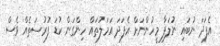
އެފަދަ ނުބައި ނުލަފާ މީހުންނަށް އެފަދަ އަމަލުތައް ހިންގަން ކުޑަ ފުރުސަތެއް ވެސް